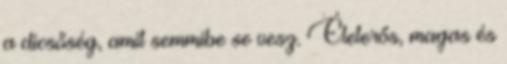
a dicsőség, amit semmibe se vesz. Életerős, magas és